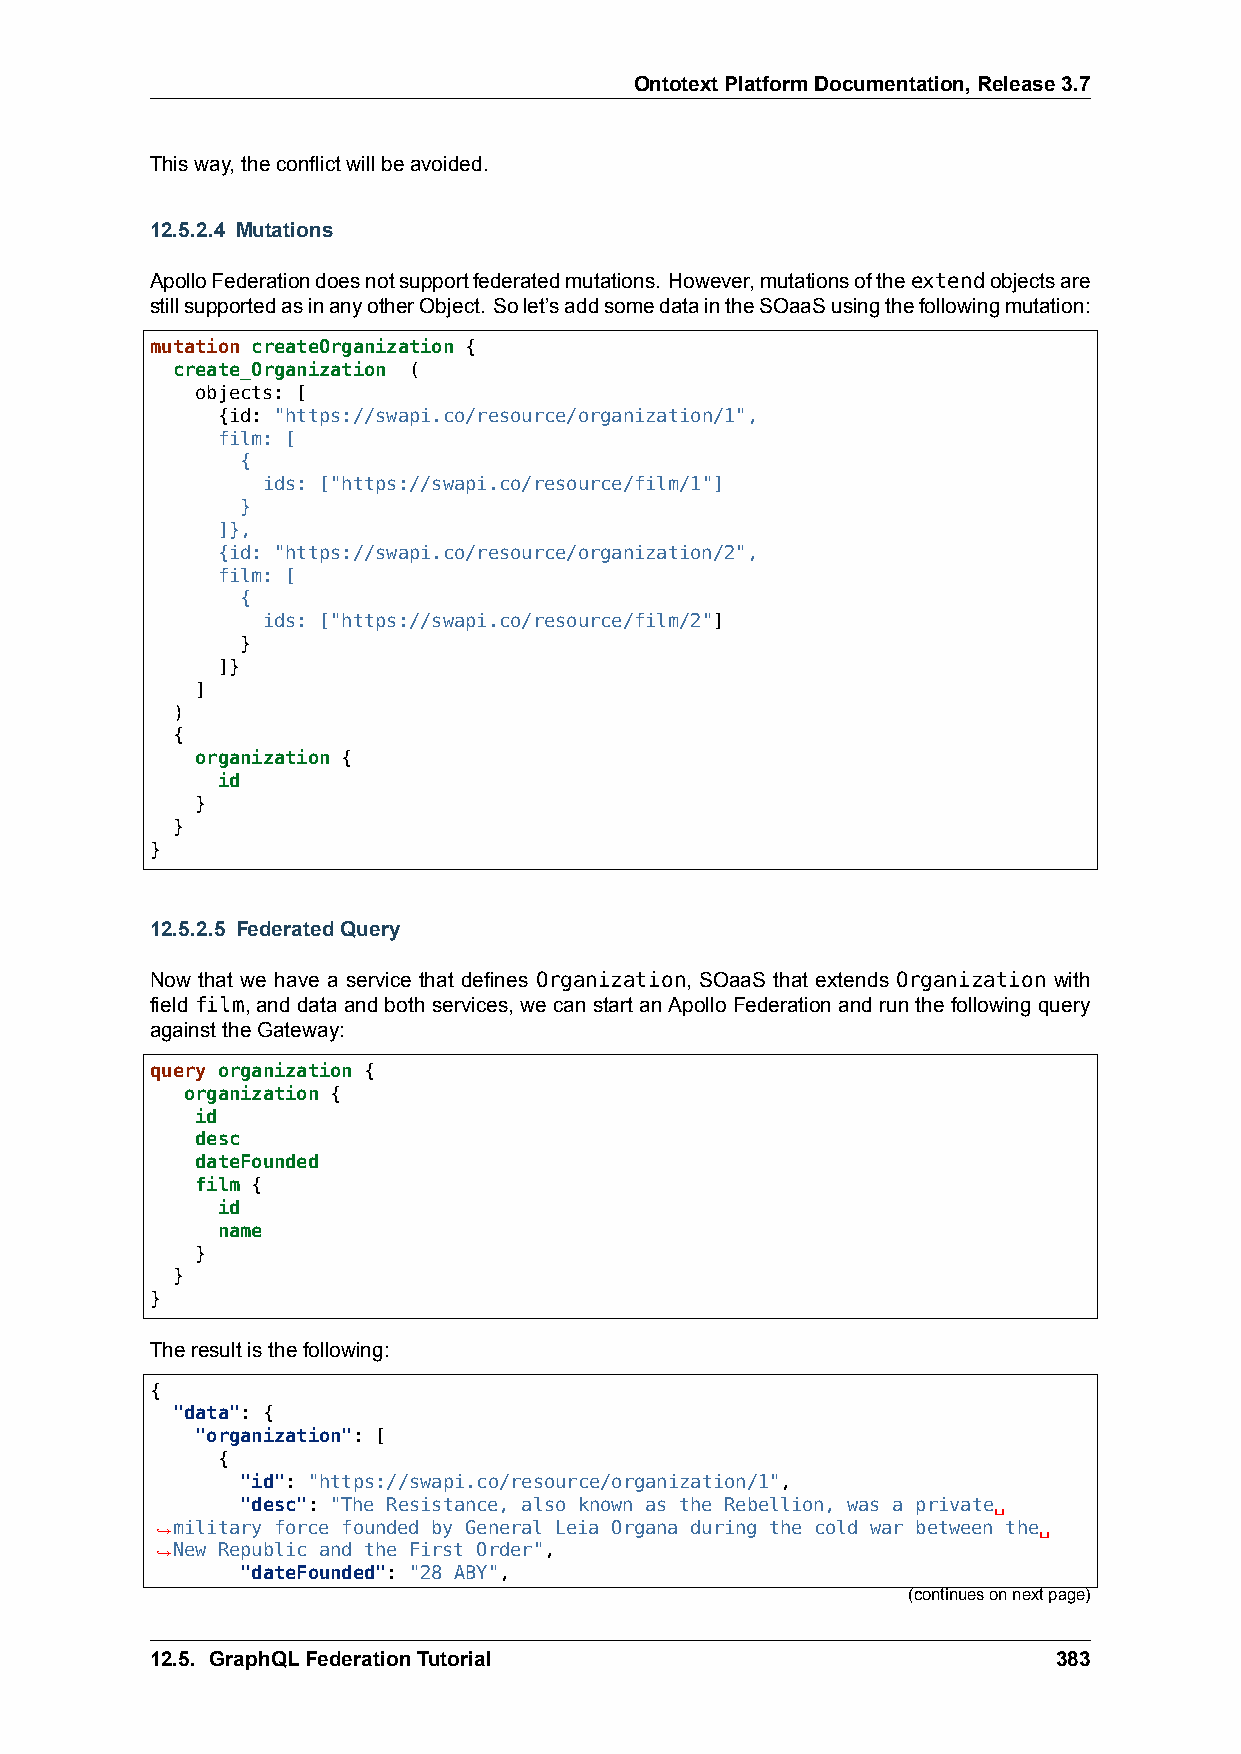
OntotextPlatformDocumentation,Release3.7
 Thisway,theconflictwillbeavoided.
 12.5.2.4 Mutations
 ApolloFederationdoesnotsupportfederatedmutations. However,mutationsoftheextendobjectsare
 stillsupportedasinanyotherObject. Solet’saddsomedataintheSOaaSusingthefollowingmutation:
 mutation createOrganization {
 create_Organization (
 objects: [
 {id: "https://swapi.co/resource/organization/1",
 film: [
 {
 ids: ["https://swapi.co/resource/film/1"]
 }
 ]},
 {id: "https://swapi.co/resource/organization/2",
 film: [
 {
 ids: ["https://swapi.co/resource/film/2"]
 }
 ]}
 ]
 )
 {
 organization {
 id
 }
 }
 }
 12.5.2.5 FederatedQuery
 Now that we have a service that defines Organization, SOaaS that extends Organization with
 field film, and data and both services, we can start an Apollo Federation and run the following query
 againsttheGateway:
 query organization {
 organization {
 id
 desc
 dateFounded
 film {
 id
 name
 }
 }
 }
 Theresultisthefollowing:
 {
 "data": {
 "organization": [
 {
 "id": "https://swapi.co/resource/organization/1",
 "desc": "The Resistance, also known as the Rebellion, was a private␣
 ,→military force founded by General Leia Organa during the cold war between the␣
 ,→New Republic and the First Order",
 "dateFounded": "28 ABY",
 (continuesonnextpage)
 12.5. GraphQLFederationTutorial                             383